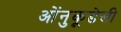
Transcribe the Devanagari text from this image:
ओंनुकूडेली